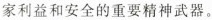
家利益和安全的重要精神武器。